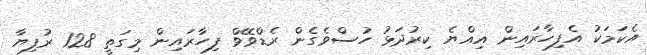
އެކަމަކު އެފިހާރައިން އިއްޔެ ކިރުދަޅު ހުސްވެގެން ރެޑްވޭވް ފިހާރައިން މިގަތީ 128 ރުފިޔާ